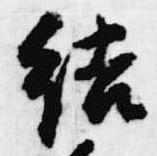
結